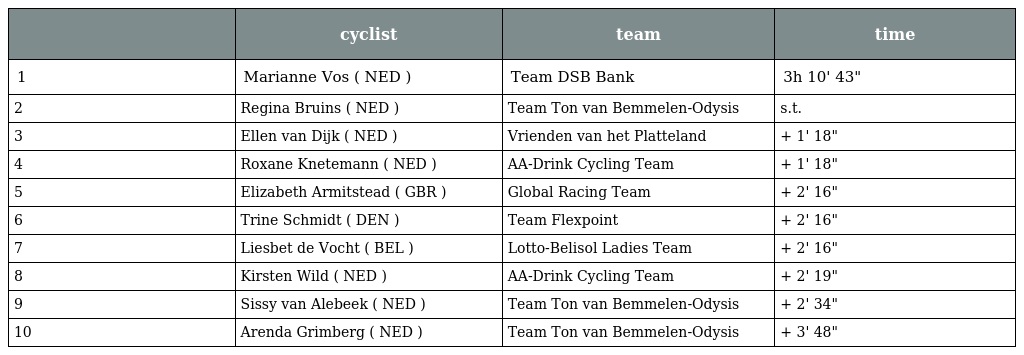
|  | cyclist | team | time |
 | --- | --- | --- | --- |
 | 1 | Marianne Vos ( NED ) | Team DSB Bank | 3h 10' 43" |
 | 2 | Regina Bruins ( NED ) | Team Ton van Bemmelen-Odysis | s.t. |
 | 3 | Ellen van Dijk ( NED ) | Vrienden van het Platteland | + 1' 18" |
 | 4 | Roxane Knetemann ( NED ) | AA-Drink Cycling Team | + 1' 18" |
 | 5 | Elizabeth Armitstead ( GBR ) | Global Racing Team | + 2' 16" |
 | 6 | Trine Schmidt ( DEN ) | Team Flexpoint | + 2' 16" |
 | 7 | Liesbet de Vocht ( BEL ) | Lotto-Belisol Ladies Team | + 2' 16" |
 | 8 | Kirsten Wild ( NED ) | AA-Drink Cycling Team | + 2' 19" |
 | 9 | Sissy van Alebeek ( NED ) | Team Ton van Bemmelen-Odysis | + 2' 34" |
 | 10 | Arenda Grimberg ( NED ) | Team Ton van Bemmelen-Odysis | + 3' 48" |